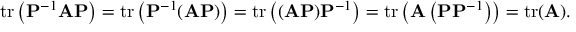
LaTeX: \operatorname { t r } \left( \mathbf { P } ^ { - 1 } \mathbf { A } \mathbf { P } \right) = \operatorname { t r } \left( \mathbf { P } ^ { - 1 } ( \mathbf { A } \mathbf { P } ) \right) = \operatorname { t r } \left( ( \mathbf { A } \mathbf { P } ) \mathbf { P } ^ { - 1 } \right) = \operatorname { t r } \left( \mathbf { A } \left( \mathbf { P } \mathbf { P } ^ { - 1 } \right) \right) = \operatorname { t r } ( \mathbf { A } ) .